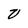
Character: V